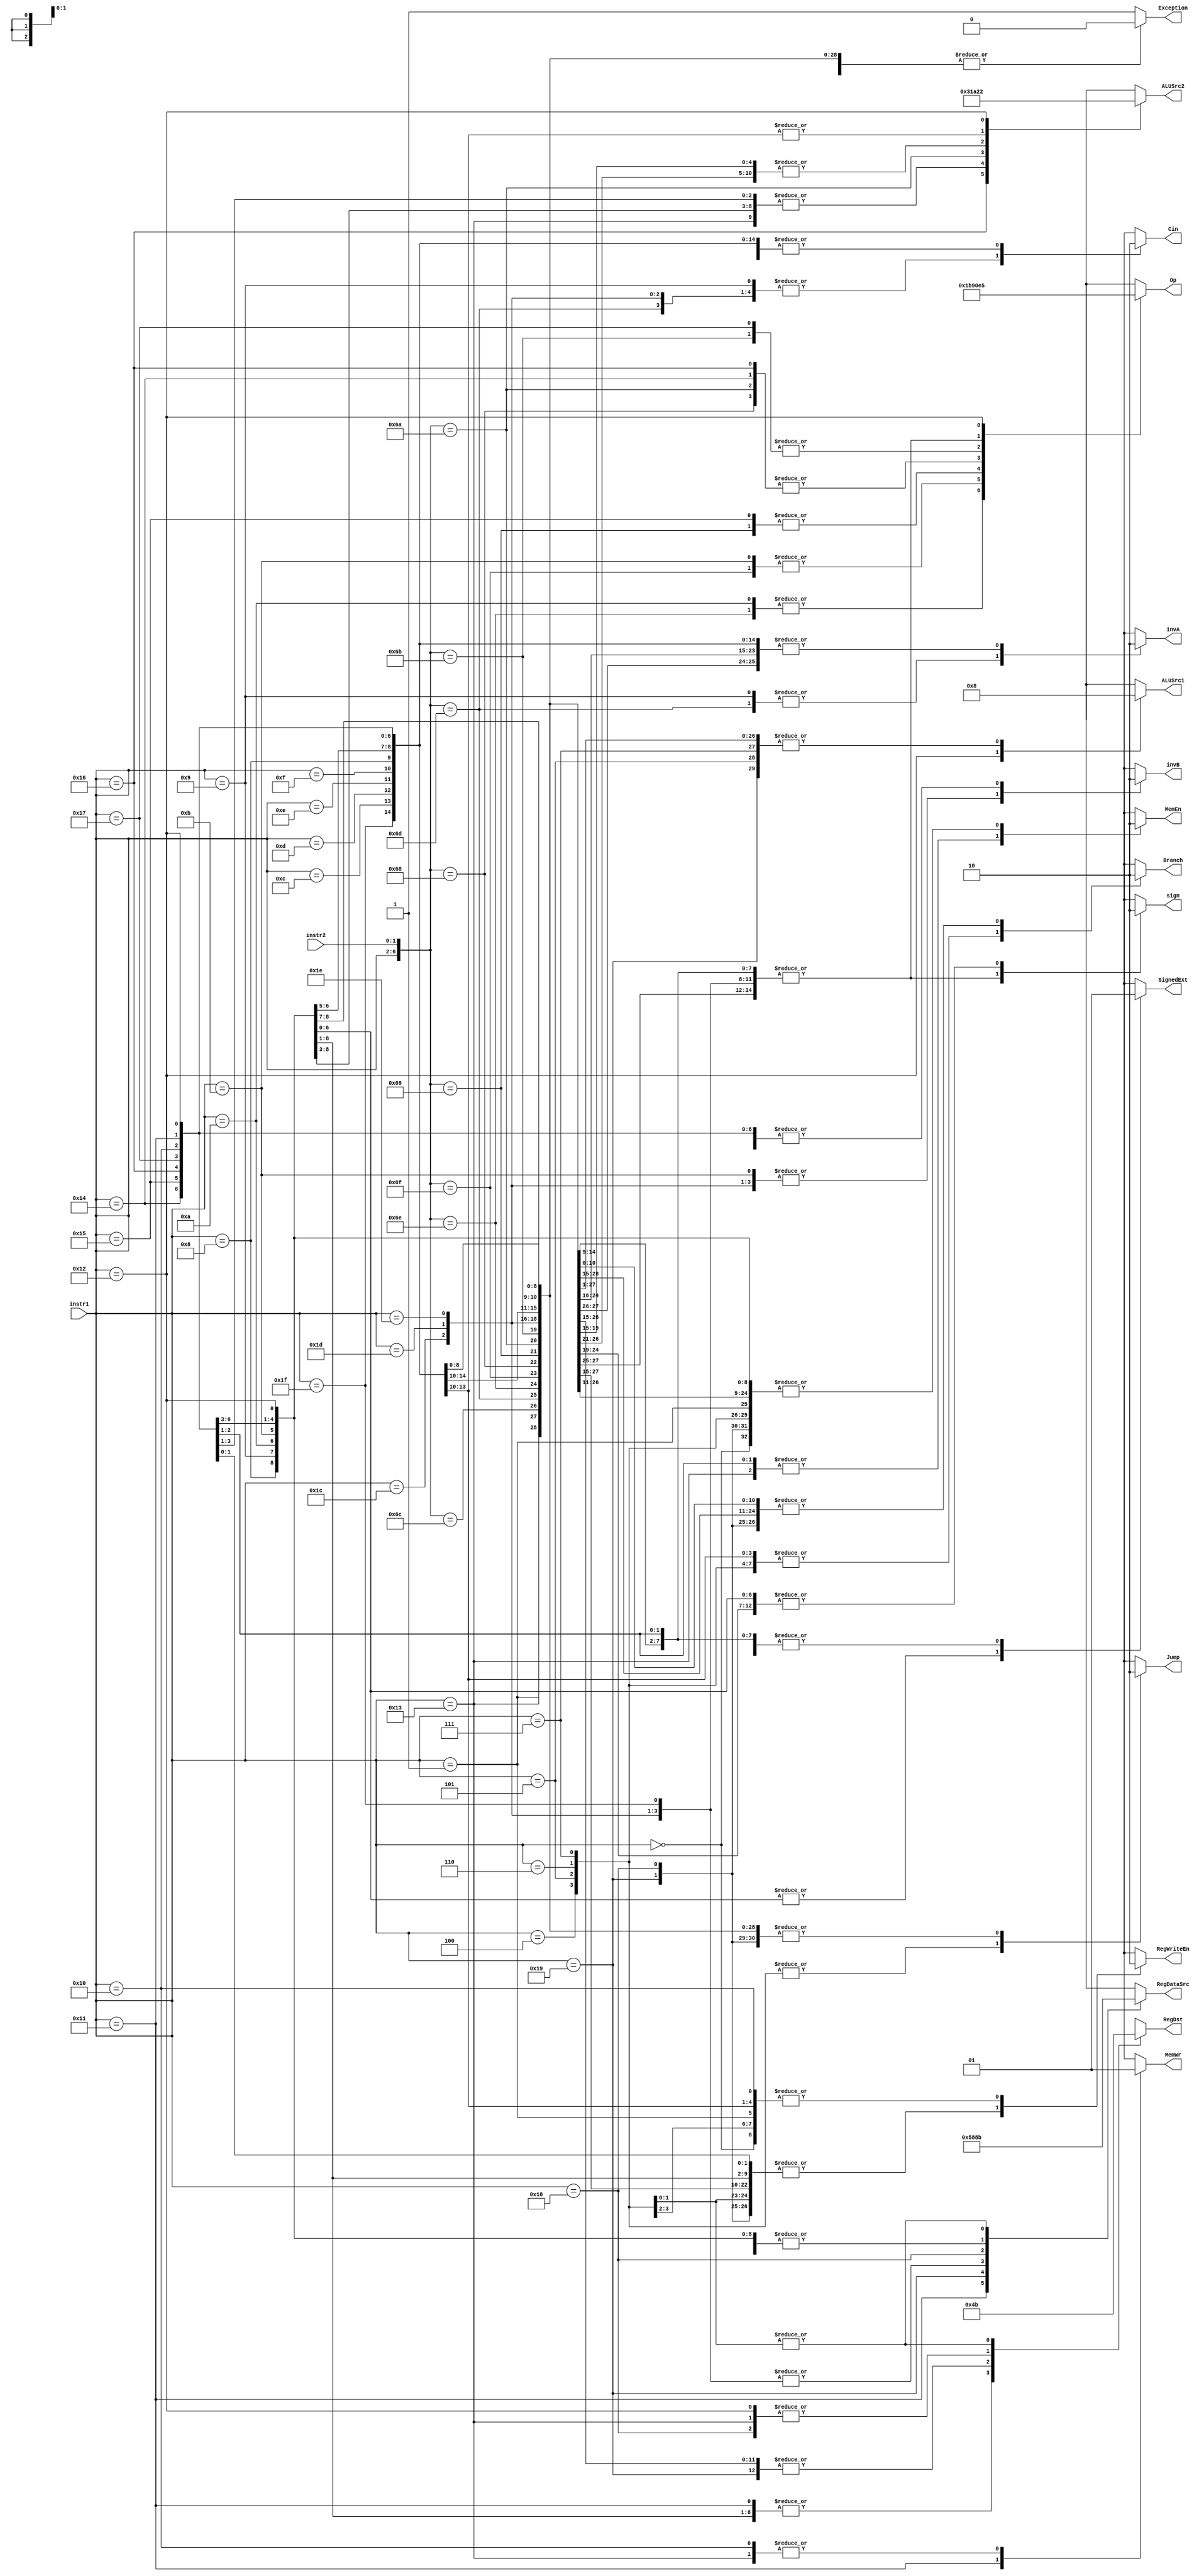
module control (RegDst, RegDataSrc, ALUSrc1, ALUSrc2, RegWriteEn, MemEn, MemWr, SignedExt, Branch, Jump, Exception, Op, Cin, invA, invB, sign, instr1, instr2);
    input [4:0] instr1;
    input [1:0] instr2;
    output [1:0] RegDst;
    output [2:0] RegDataSrc;
    output [2:0] ALUSrc1;
    output [2:0] ALUSrc2;
    output [2:0] Op;
    
    reg [1:0] RegDst;
    reg [2:0] RegDataSrc;
    reg [2:0] ALUSrc1;
    reg [2:0] ALUSrc2;
    reg [2:0] Op;

    output  RegWriteEn,
            MemEn, 
            MemWr, 
            SignedExt,  
            Branch, 
            Jump, 
            Exception,
            Cin,
            invA,
            invB,
            sign;
    
    reg     RegWriteEn,
            MemEn, 
            MemWr, 
            SignedExt, 
            Branch, 
            Jump, 
            Exception,
            Cin,
            invA,
            invB,
            sign;

always @ (instr1 or instr2)
begin
    casex({instr1,instr2})

      //I1 Type
      7'b01000_xx:
      begin
        RegDst <= 2'b01;
        RegDataSrc <= 3'b001;
        ALUSrc1 <= 3'b000;
        ALUSrc2 <= 3'b001;
        RegWriteEn <= 1'b1;
        MemEn <= 1'b0;
        MemWr <= 1'bx;
        SignedExt <= 1'b1;
        Branch <= 1'b0;
        Jump <= 1'b0;
        Exception <= 1'b0;
        Op <= 3'b100;
        Cin <= 1'b0;
        invA <= 1'b0;
        invB <= 1'b0;
        sign <= 1'b1;
      end
      7'b01001_xx:
      begin
        RegDst <= 2'b01;
        RegDataSrc <= 3'b001;
        ALUSrc1 <= 3'b000;
        ALUSrc2 <= 3'b001;
        RegWriteEn <= 1'b1;
        MemEn <= 1'b0;
        MemWr <= 1'bx;
        SignedExt <= 1'b1;
        Branch <= 1'b0;
        Jump <= 1'b0;
        Exception <= 1'b0;
        Op <= 3'b100;
        Cin <= 1'b1;
        invA <= 1'b1;
        invB <= 1'b0;
        sign <= 1'b1;
      end
      7'b01010_xx:
      begin
        RegDst <= 2'b01;
        RegDataSrc <= 3'b001;
        ALUSrc1 <= 3'b000;
        ALUSrc2 <= 3'b001;
        RegWriteEn <= 1'b1;
        MemEn <= 1'b0;
        MemWr <= 1'bx;
        SignedExt <= 1'b0;
        Branch <= 1'b0;
        Jump <= 1'b0;
        Exception <= 1'b0;
        Op <= 3'b110;
        Cin <= 1'b0;
        invA <= 1'b0;
        invB <= 1'b0;
        sign <= 1'b0;
      end
      7'b01011_xx:
      begin
        RegDst <= 2'b01;
        RegDataSrc <= 3'b001;
        ALUSrc1 <= 3'b000;
        ALUSrc2 <= 3'b001;
        RegWriteEn <= 1'b1;
        MemEn <= 1'b0;
        MemWr <= 1'bx;
        SignedExt <= 1'b0;
        Branch <= 1'b0;
        Jump <= 1'b0;
        Exception <= 1'b0;
        Op <= 3'b111;
        Cin <= 1'b0;
        invA <= 1'b0;
        invB <= 1'b1;
        sign <= 1'b0;
      end
      7'b10100_xx:
      begin
        RegDst <= 2'b01;
        RegDataSrc <= 3'b001;
        ALUSrc1 <= 3'b000;
        ALUSrc2 <= 3'b001;
        RegWriteEn <= 1'b1;
        MemEn <= 1'b0;
        MemWr <= 1'bx;
        SignedExt <= 1'b0;
        Branch <= 1'b0;
        Jump <= 1'b0;
        Exception <= 1'b0;
        Op <= 3'b000;
        Cin <= 1'b0;
        invA <= 1'b0;
        invB <= 1'b0;
        sign <= 1'b0;
      end
      7'b10101_xx:
      begin
        RegDst <= 2'b01;
        RegDataSrc <= 3'b001;
        ALUSrc1 <= 3'b000;
        ALUSrc2 <= 3'b001;
        RegWriteEn <= 1'b1;
        MemEn <= 1'b0;
        MemWr <= 1'bx;
        SignedExt <= 1'b0;
        Branch <= 1'b0;
        Jump <= 1'b0;
        Exception <= 1'b0;
        Op <= 3'b001;
        Cin <= 1'b0;
        invA <= 1'b0;
        invB <= 1'b0;
        sign <= 1'b0;
      end
      7'b10110_xx:
      begin
        RegDst <= 2'b01;
        RegDataSrc <= 3'b001;
        ALUSrc1 <= 3'b000;
        ALUSrc2 <= 3'b110;
        RegWriteEn <= 1'b1;
        MemEn <= 1'b0;
        MemWr <= 1'bx;
        SignedExt <= 1'b0;
        Branch <= 1'b0;
        Jump <= 1'b0;
        Exception <= 1'b0;
        Op <= 3'b000;
        Cin <= 1'b0;
        invA <= 1'b0;
        invB <= 1'b0;
        sign <= 1'b0;
      end
      7'b10111_xx:
      begin
        RegDst <= 2'b01;
        RegDataSrc <= 3'b001;
        ALUSrc1 <= 3'b000;
        ALUSrc2 <= 3'b001;
        RegWriteEn <= 1'b1;
        MemEn <= 1'b0;
        MemWr <= 1'bx;
        SignedExt <= 1'b0;
        Branch <= 1'b0;
        Jump <= 1'b0;
        Exception <= 1'b0;
        Op <= 3'b011;
        Cin <= 1'b0;
        invA <= 1'b0;
        invB <= 1'b0;
        sign <= 1'b0;
      end
      7'b10000_xx:
      begin
        RegDst <= 2'bxx;
        RegDataSrc <= 3'bxxx;
        ALUSrc1 <= 3'b000;
        ALUSrc2 <= 3'b001;
        RegWriteEn <= 1'b0;
        MemEn <= 1'b1;
        MemWr <= 1'b1;
        SignedExt <= 1'b1;
        Branch <= 1'b0;
        Jump <= 1'b0;
        Exception <= 1'b0;
        Op <= 3'b100;
        Cin <= 1'b0;
        invA <= 1'b0;
        invB <= 1'b0;
        sign <= 1'b1;
      end
      7'b10001_xx:
      begin
        RegDst <= 2'b01;
        RegDataSrc <= 3'b000;
        ALUSrc1 <= 3'b000;
        ALUSrc2 <= 3'b001;
        RegWriteEn <= 1'b1;
        MemEn <= 1'b1;
        MemWr <= 1'b0;
        SignedExt <= 1'b1;
        Branch <= 1'b0;
        Jump <= 1'b0;
        Exception <= 1'b0;
        Op <= 3'b100;
        Cin <= 1'b0;
        invA <= 1'b0;
        invB <= 1'b0;
        sign <= 1'b1;
      end
      7'b10011_xx:
      begin
        RegDst <= 2'b10;
        RegDataSrc <= 3'b001;
        ALUSrc1 <= 3'b000;
        ALUSrc2 <= 3'b001;
        RegWriteEn <= 1'b1;
        MemEn <= 1'b1;
        MemWr <= 1'b1;
        SignedExt <= 1'b1;
        Branch <= 1'b0;
        Jump <= 1'b0;
        Exception <= 1'b0;
        Op <= 3'b100;
        Cin <= 1'b0;
        invA <= 1'b0;
        invB <= 1'b0;
        sign <= 1'b1;
      end
      //R Type
      //TODO BTR
      7'b11001_xx:
      begin
        RegDst <= 2'b00;
        RegDataSrc <= 3'b101;
        ALUSrc1 <= 3'b000;
        ALUSrc2 <= 3'bxxx;
        RegWriteEn <= 1'b1;
        MemEn <= 1'b0;
        MemWr <= 1'bx;
        SignedExt <= 1'bx;
        Branch <= 1'b0;
        Jump <= 1'b0;
        Exception <= 1'b0;
        Op <= 3'bxxx;
        Cin <= 1'bx;
        invA <= 1'bx;
        invB <= 1'bx;
        sign <= 1'bx;
      end
     
      7'b11011_00:
      begin
        RegDst <= 2'b00;
        RegDataSrc <= 3'b001;
        ALUSrc1 <= 3'b000;
        ALUSrc2 <= 3'b000;
        RegWriteEn <= 1'b1;
        MemEn <= 1'b0;
        MemWr <= 1'bx;
        SignedExt <= 1'bx;
        Branch <= 1'b0;
        Jump <= 1'b0;
        Exception <= 1'b0;
        Op <= 3'b100;
        Cin <= 1'b0;
        invA <= 1'b0;
        invB <= 1'b0;
        sign <= 1'b1;
      end
      7'b11011_01:
      begin
        RegDst <= 2'b00;
        RegDataSrc <= 3'b001;
        ALUSrc1 <= 3'b000;
        ALUSrc2 <= 3'b000;
        RegWriteEn <= 1'b1;
        MemEn <= 1'b0;
        MemWr <= 1'bx;
        SignedExt <= 1'bx;
        Branch <= 1'b0;
        Jump <= 1'b0;
        Exception <= 1'b0;
        Op <= 3'b100;
        Cin <= 1'b1;
        invA <= 1'b1;
        invB <= 1'b0;
        sign <= 1'b1;
      end
      7'b11011_10:
      begin
        RegDst <= 2'b00;
        RegDataSrc <= 3'b001;
        ALUSrc1 <= 3'b000;
        ALUSrc2 <= 3'b000;
        RegWriteEn <= 1'b1;
        MemEn <= 1'b0;
        MemWr <= 1'bx;
        SignedExt <= 1'bx;
        Branch <= 1'b0;
        Jump <= 1'b0;
        Exception <= 1'b0;
        Op <= 3'b110;
        Cin <= 1'b0;
        invA <= 1'b0;
        invB <= 1'b0;
        sign <= 1'b0;
      end
      7'b11011_11:
      begin
        RegDst <= 2'b00;
        RegDataSrc <= 3'b001;
        ALUSrc1 <= 3'b000;
        ALUSrc2 <= 3'b000;
        RegWriteEn <= 1'b1;
        MemEn <= 1'b0;
        MemWr <= 1'bx;
        SignedExt <= 1'bx;
        Branch <= 1'b0;
        Jump <= 1'b0;
        Exception <= 1'b0;
        Op <= 3'b111;
        Cin <= 1'b0;
        invA <= 1'b0;
        invB <= 1'b1;
        sign <= 1'b0;
      end
      7'b11010_00:
      begin
        RegDst <= 2'b00;
        RegDataSrc <= 3'b001;
        ALUSrc1 <= 3'b000;
        ALUSrc2 <= 3'b000;
        RegWriteEn <= 1'b1;
        MemEn <= 1'b0;
        MemWr <= 1'bx;
        SignedExt <= 1'bx;
        Branch <= 1'b0;
        Jump <= 1'b0;
        Exception <= 1'b0;
        Op <= 3'b000;
        Cin <= 1'b0;
        invA <= 1'b0;
        invB <= 1'b0;
        sign <= 1'b0;
      end
      7'b11010_01:
      begin
        RegDst <= 2'b00;
        RegDataSrc <= 3'b001;
        ALUSrc1 <= 3'b000;
        ALUSrc2 <= 3'b000;
        RegWriteEn <= 1'b1;
        MemEn <= 1'b0;
        MemWr <= 1'bx;
        SignedExt <= 1'bx;
        Branch <= 1'b0;
        Jump <= 1'b0;
        Exception <= 1'b0;
        Op <= 3'b001;
        Cin <= 1'b0;
        invA <= 1'b0;
        invB <= 1'b0;
        sign <= 1'b0;
      end
      7'b11010_10:
      begin
        RegDst <= 2'b00;
        RegDataSrc <= 3'b001;
        ALUSrc1 <= 3'b000;
        ALUSrc2 <= 3'b101;
        RegWriteEn <= 1'b1;
        MemEn <= 1'b0;
        MemWr <= 1'bx;
        SignedExt <= 1'bx;
        Branch <= 1'b0;
        Jump <= 1'b0;
        Exception <= 1'b0;
        Op <= 3'b000;
        Cin <= 1'b0;
        invA <= 1'b0;
        invB <= 1'b0;
        sign <= 1'b0;
      end
      7'b11010_11:
      begin
        RegDst <= 2'b00;
        RegDataSrc <= 3'b001;
        ALUSrc1 <= 3'b000;
        ALUSrc2 <= 3'b000;
        RegWriteEn <= 1'b1;
        MemEn <= 1'b0;
        MemWr <= 1'bx;
        SignedExt <= 1'bx;
        Branch <= 1'b0;
        Jump <= 1'b0;
        Exception <= 1'b0;
        Op <= 3'b011;
        Cin <= 1'b0;
        invA <= 1'b0;
        invB <= 1'b0;
        sign <= 1'b0;
      end
      //R Type with Set
      7'b11100_xx:
      begin
        RegDst <= 2'b00;
        RegDataSrc <= 3'b100;
        ALUSrc1 <= 3'b000;
        ALUSrc2 <= 3'b000;
        RegWriteEn <= 1'b1;
        MemEn <= 1'b0;
        MemWr <= 1'bx;
        SignedExt <= 1'bx;
        Branch <= 1'b0;
        Jump <= 1'b0;
        Exception <= 1'b0;
        Op <= 3'b100;
        Cin <= 1'b1;
        invA <= 1'b0;
        invB <= 1'b1;
        sign <= 1'b1;
      end
      7'b11101_xx:
      begin
        RegDst <= 2'b00;
        RegDataSrc <= 3'b100;
        ALUSrc1 <= 3'b000;
        ALUSrc2 <= 3'b000;
        RegWriteEn <= 1'b1;
        MemEn <= 1'b0;
        MemWr <= 1'bx;
        SignedExt <= 1'bx;
        Branch <= 1'b0;
        Jump <= 1'b0;
        Exception <= 1'b0;
        Op <= 3'b100;
        Cin <= 1'b1;
        invA <= 1'b0;
        invB <= 1'b1;
        sign <= 1'b1;
      end
      7'b11110_xx:
      begin
        RegDst <= 2'b00;
        RegDataSrc <= 3'b100;
        ALUSrc1 <= 3'b000;
        ALUSrc2 <= 3'b000;
        RegWriteEn <= 1'b1;
        MemEn <= 1'b0;
        MemWr <= 1'bx;
        SignedExt <= 1'bx;
        Branch <= 1'b0;
        Jump <= 1'b0;
        Exception <= 1'b0;
        Op <= 3'b100;
        Cin <= 1'b1;
        invA <= 1'b0;
        invB <= 1'b1;
        sign <= 1'b1;
      end
      7'b11111_xx:
      begin
        RegDst <= 2'b00;
        RegDataSrc <= 3'b100;
        ALUSrc1 <= 3'b000;
        ALUSrc2 <= 3'b000;
        RegWriteEn <= 1'b1;
        MemEn <= 1'b0;
        MemWr <= 1'bx;
        SignedExt <= 1'bx;
        Branch <= 1'b0;
        Jump <= 1'b0;
        Exception <= 1'b0;
        Op <= 3'b100;
        Cin <= 1'b0;
        invA <= 1'b0;
        invB <= 1'b0;
        //TODO Ofl ?= Cout
        sign <= 1'b1;
      end
      
      //I2 Type
      7'b01100_xx:
      begin
        RegDst <= 2'bxx;
        RegDataSrc <= 3'bxxx;
        ALUSrc1 <= 3'b000;
        ALUSrc2 <= 3'b100;
        RegWriteEn <= 1'b0;
        MemEn <= 1'b0;
        MemWr <= 1'bx;
        SignedExt <= 1'b1;
        Branch <= 1'b1;
        Jump <= 1'b0;
        Exception <= 1'b0;
        Op <= 3'b100;
        Cin <= 1'b0;
        invA <= 1'b0;
        invB <= 1'b0;
        sign <= 1'b1;
      end
      7'b01101_xx:
      begin
        RegDst <= 2'bxx;
        RegDataSrc <= 3'bxxx;
        ALUSrc1 <= 3'b000;
        ALUSrc2 <= 3'b100;
        RegWriteEn <= 1'b0;
        MemEn <= 1'b0;
        MemWr <= 1'bx;
        SignedExt <= 1'b1;
        Branch <= 1'b1;
        Jump <= 1'b0;
        Exception <= 1'b0;
        Op <= 3'b100;
        Cin <= 1'b0;
        invA <= 1'b0;
        invB <= 1'b0;
        sign <= 1'b1;
      end
      7'b01110_xx:
      begin
        RegDst <= 2'bxx;
        RegDataSrc <= 3'bxxx;
        ALUSrc1 <= 3'b000;
        ALUSrc2 <= 3'b100;
        RegWriteEn <= 1'b0;
        MemEn <= 1'b0;
        MemWr <= 1'bx;
        SignedExt <= 1'b1;
        Branch <= 1'b1;
        Jump <= 1'b0;
        Exception <= 1'b0;
        Op <= 3'b100;
        Cin <= 1'b0;
        invA <= 1'b0;
        invB <= 1'b0;
        sign <= 1'b1;
      end
      7'b01111_xx:
      begin
        RegDst <= 2'bxx;
        RegDataSrc <= 3'bxxx;
        ALUSrc1 <= 3'b000;
        ALUSrc2 <= 3'b100;
        RegWriteEn <= 1'b0;
        MemEn <= 1'b0;
        MemWr <= 1'bx;
        SignedExt <= 1'b1;
        Branch <= 1'b1;
        Jump <= 1'b0;
        Exception <= 1'b0;
        Op <= 3'b100;
        Cin <= 1'b0;
        invA <= 1'b0;
        invB <= 1'b0;
        sign <= 1'b1;
      end
      7'b11000_xx:
      begin
        RegDst <= 2'b10;
        RegDataSrc <= 3'b010;
        ALUSrc1 <= 3'bxxx;
        ALUSrc2 <= 3'bxxx;
        RegWriteEn <= 1'b1;
        MemEn <= 1'b0;
        MemWr <= 1'bx;
        SignedExt <= 1'b1;
        Branch <= 1'b0;
        Jump <= 1'b0;
        Exception <= 1'b0;
        Op <= 3'bxxx;
        Cin <= 1'bx;
        invA <= 1'bx;
        invB <= 1'bx;
        sign <= 1'bx;
      end
      7'b10010_xx:
      begin
        RegDst <= 2'b10;
        RegDataSrc <= 3'b001;
        ALUSrc1 <= 3'b001;
        ALUSrc2 <= 3'b010;
        RegWriteEn <= 1'b1;
        MemEn <= 1'b0;
        MemWr <= 1'bx;
        SignedExt <= 1'b0;
        Branch <= 1'b0;
        Jump <= 1'b0;
        Exception <= 1'b0;
        Op <= 3'b101;
        Cin <= 1'b0;
        invA <= 1'b0;
        invB <= 1'b0;
        sign <= 1'b0;
      end
      //J Type 
      7'b00100_xx:
      begin
        RegDst <= 2'bxx;
        RegDataSrc <= 3'bxxx;
        ALUSrc1 <= 3'bxxx;
        ALUSrc2 <= 3'bxxx;
        RegWriteEn <= 1'b0;
        MemEn <= 1'b0;
        MemWr <= 1'bx;
        SignedExt <= 1'b1;
        Branch <= 1'b1;
        Jump <= 1'b1;
        Exception <= 1'b0;
        Op <= 3'bxxx;
        Cin <= 1'bx;
        invA <= 1'bx;
        invB <= 1'bx;
        sign <= 1'bx;
      end
      7'b00101_xx:
      begin
        RegDst <= 2'bxx;
        RegDataSrc <= 3'bxxx;
        ALUSrc1 <= 3'b000;
        ALUSrc2 <= 3'bxxx;
        RegWriteEn <= 1'b0;
        MemEn <= 1'b0;
        MemWr <= 1'bx;
        SignedExt <= 1'b1;
        Branch <= 1'b1;
        Jump <= 1'b1;
        Exception <= 1'b0;
        Op <= 3'bxxx;
        Cin <= 1'bx;
        invA <= 1'bx;
        invB <= 1'bx;
        sign <= 1'bx;
      end
      7'b00110_xx:
      begin
        RegDst <= 2'b11;
        RegDataSrc <= 3'b011;
        ALUSrc1 <= 3'bxxx;
        ALUSrc2 <= 3'bxxx;
        RegWriteEn <= 1'b1;
        MemEn <= 1'b0;
        MemWr <= 1'bx;
        SignedExt <= 1'b1;
        Branch <= 1'b1;
        Jump <= 1'b1;
        Exception <= 1'b0;
        Op <= 3'bxxx;
        Cin <= 1'bx;
        invA <= 1'bx;
        invB <= 1'bx;
        sign <= 1'bx;
      end
      7'b00111_xx:
      begin
        RegDst <= 2'b11;
        RegDataSrc <= 3'b011;
        ALUSrc1 <= 3'b000;
        ALUSrc2 <= 3'bxxx;
        RegWriteEn <= 1'b1;
        MemEn <= 1'b0;
        MemWr <= 1'bx;
        SignedExt <= 1'b1;
        Branch <= 1'b1;
        Jump <= 1'b1;
        Exception <= 1'b0;
        Op <= 3'bxxx;
        Cin <= 1'bx;
        invA <= 1'bx;
        invB <= 1'bx;
        sign <= 1'bx;
      end
      7'b00001_xx:
      begin
        RegDst <= 2'bxx;
        RegDataSrc <= 3'bxxx;
        ALUSrc1 <= 3'bxxx;
        ALUSrc2 <= 3'bxxx;
        RegWriteEn <= 1'b0;
        MemEn <= 1'b0;
        MemWr <= 1'bx;
        SignedExt <= 1'bx;
        Branch <= 1'b0;
        Jump <= 1'b0;
        Exception <= 1'b0;
        Op <= 3'bxxx;
        Cin <= 1'bx;
        invA <= 1'bx;
        invB <= 1'bx;
        sign <= 1'bx;
      end
      7'b00000_xx:
      begin
        RegDst <= 2'bxx;
        RegDataSrc <= 3'bxxx;
        ALUSrc1 <= 3'bxxx;
        ALUSrc2 <= 3'bxxx;
        RegWriteEn <= 1'b0;
        MemEn <= 1'b0;
        MemWr <= 1'bx;
        SignedExt <= 1'bx;
        Branch <= 1'bx;
        Jump <= 1'bx;
        Exception <= 1'b1;
        Op <= 3'bxxx;
        Cin <= 1'bx;
        invA <= 1'bx;
        invB <= 1'bx;
        sign <= 1'bx;
      end
     
     //TODO Siic, NOP/RIT


     default:
     begin
        RegDst <= 2'bxx;
        RegDataSrc <= 3'bxxx;
        ALUSrc1 <= 3'bxxx;
        ALUSrc2 <= 3'bxxx;
        RegWriteEn <= 1'bx;
        MemEn <= 1'bx;
        MemWr <= 1'bx;
        SignedExt <= 1'bx;
        Branch <= 1'bx;
        Jump <= 1'bx;
        Exception <= 1'b1;
        Op <= 3'bxxx;
        Cin <= 1'bx;
        invA <= 1'bx;
        invB <= 1'bx;
        sign <= 1'bx;
      end 
    endcase
end

endmodule